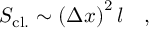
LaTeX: S _ { \mathrm { c l . } } \sim \left( \Delta x \right) ^ { 2 } l \quad ,